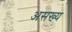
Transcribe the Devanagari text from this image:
असख्य